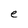
Character: e